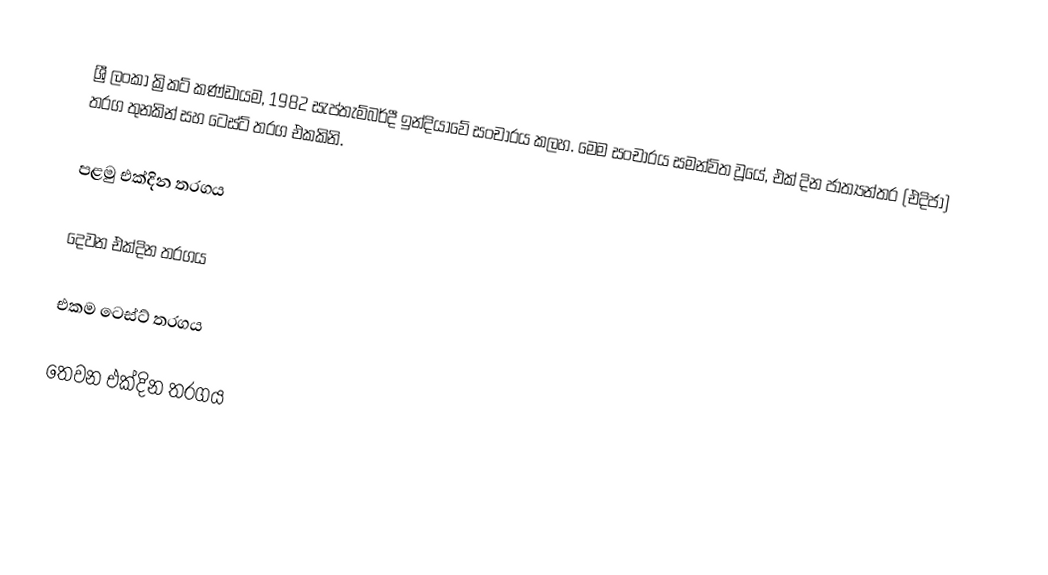
ශ්‍රී ලංකා ක්‍රිකට් කණ්ඩායම, 1982 සැප්තැම්බර්දී  ඉන්දියාවේ සංචාරය කලහ. මෙම සංචාරය සමන්විත වූයේ, එක් දින ජාත්‍යන්තර (එදිජා) තරග තුනකින් සහ  ටෙස්ට් තරග එකකිනි.

පළමු එක්දින තරගය

දෙවන එක්දින තරගය

එකම ටෙස්ට් තරගය

තෙවන එක්දින තරගය